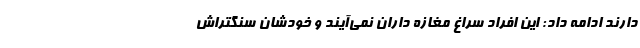
دارند ادامه داد: این افراد سراغ مغازه داران نمی‌آیند و خودشان سنگتراش